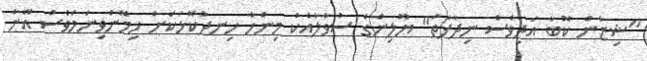
"ޝިޒާން ކޮބާ އަދިވެސް ނިދާފަތަ" ޔޫލިންގެ ސުވާލާއެކު މިންހާ ހިނދުކޮޅަކަށް ހިމޭންވިނަމަވެސް އޭނާ